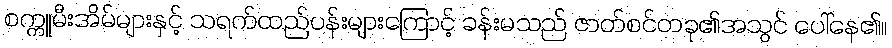
စက္ကူမီးအိမ်များနှင့် သရက်ထည်ပန်းများကြောင့် ခန်းမသည် ဇာတ်စင်တခု၏အသွင် ပေါ်နေ၏။